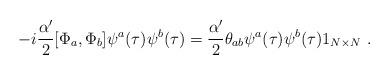
LaTeX: \begin{align*}-i\frac{\alpha'}{2}[\Phi_a,\Phi_b]\psi^a(\tau)\psi^b(\tau)=\frac{\alpha'}{2}\theta_{ab}\psi^a(\tau)\psi^b(\tau)1_{N\times N} \ .\end{align*}